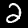
Digit: 2